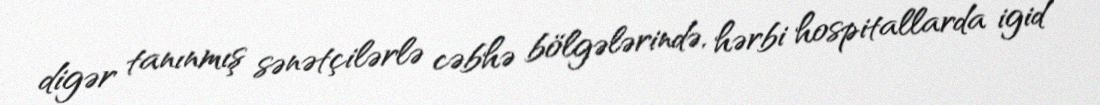
digər tanınmış sənətçilərlə cəbhə bölgələrində, hərbi hospitallarda igid